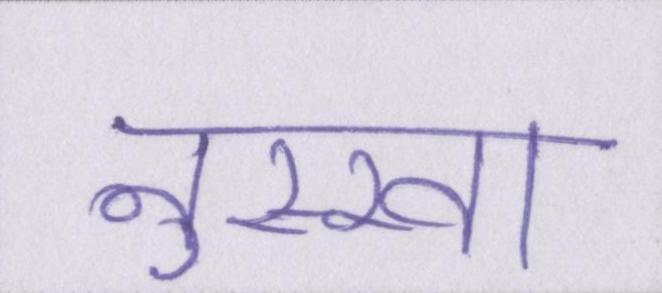
नुस्खा